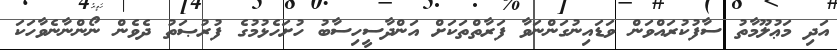
އަދި މަޢުލޫމާތު ސާފުކުރައްވަން ވަޑައިނުގަންނަވާ ފަރާތްތަކަށް އަންދާސީހިސާބު ހުށަހެޅުމުގެ ފުރުޞަތު ދެވެން ނޯންނާނެވާހަކަ